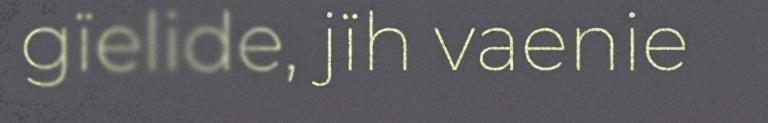
gïelide, jïh vaenie